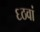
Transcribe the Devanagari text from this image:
६ठवां